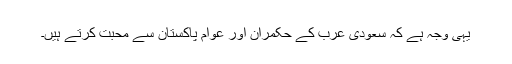
یہی وجہ ہے کہ سعودی عرب کے حکمران اور عوام پاکستان سے محبت کرتے ہیں۔